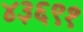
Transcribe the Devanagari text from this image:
४३६९१